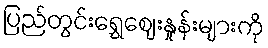
ပြည်တွင်းရွှေဈေးနှုန်းများကို